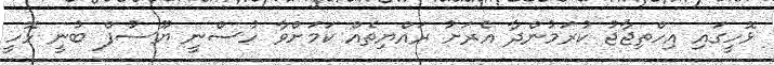
ޅޮހީގައި އިހްތިޖާޖު ކުރަމުންދާ އެރަށު ރައްޔިތެއް ކަމަށްވާ ހުސްނީ ޔޫސުފް ބުނީ ޅޮހީ